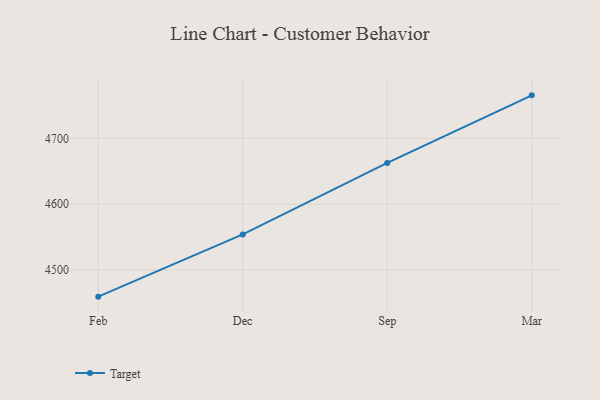
{"axis": {"x": "Month", "y": "Bounce Rate (%)"}, "legend": ["Target"], "data": [{"x": "Feb", "y": 4459.4, "type": "Target"}, {"x": "Dec", "y": 4554.1, "type": "Target"}, {"x": "Sep", "y": 4662.8, "type": "Target"}, {"x": "Mar", "y": 4765.6, "type": "Target"}]}